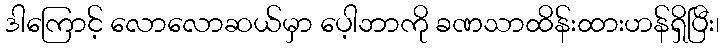
ဒါကြောင့် လောလောဆယ်မှာ ပေ့ါဘာကို ခဏသာထိန်းထားဟန်ရှိပြီး၊